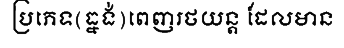
ប្រភេទ(ធ្នង់)ពេញរថយន្ត ដែលមាន